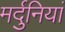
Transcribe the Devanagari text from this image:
मर्दुनियां